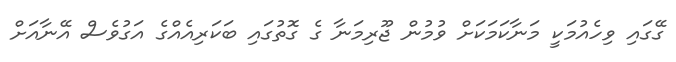
ގޭގައި ވިހެއުމަކީ މަނާކަމަކަށް ވުމުން ޖޫރިމަނާ ގެ ގޮތުގައި ބަކަރިއެއްގެ އަގުވެސް އޭނާއަށް